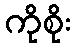
ကိုစိုး